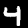
Label: 4